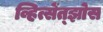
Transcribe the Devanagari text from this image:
व्हित्सेंत्झोस